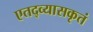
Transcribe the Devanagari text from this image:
एतद्व्यासकृतं